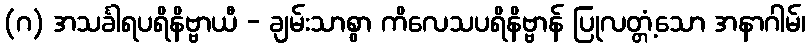
(ဂ) အသင်္ခါရပရိနိဗ္ဗာယီ - ချမ်းသာစွာ ကိလေသပရိနိဗ္ဗာန် ပြုလတ္တံ့သော အနာဂါမ်၊